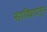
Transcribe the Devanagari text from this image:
महाविघ्नापासून